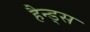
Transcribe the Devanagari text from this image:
हैन्ड्स